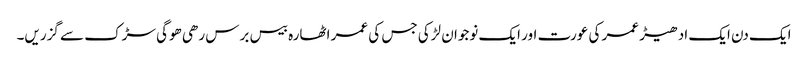
ایک دن ایک ادھیڑ عمر کی عورت اور ایک نوجوان لڑکی جس کی عمر اٹھارہ بیس برس رھی ھوگی سڑک سے گزریں۔